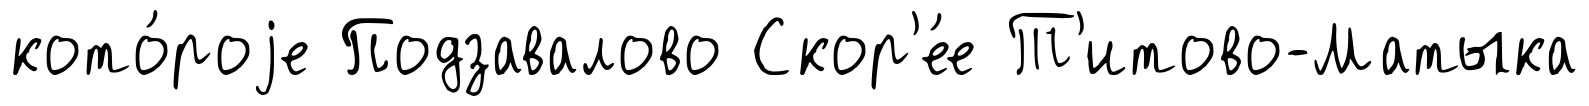
кото́роjе Подзавалово Скор'е́е Т'итово-Матыка